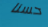
حسنا